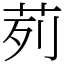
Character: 茢